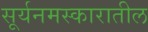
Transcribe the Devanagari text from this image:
सूर्यनमस्कारातील